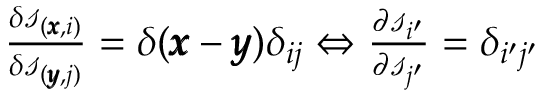
\begin{array} { r } { \frac { \delta \mathscr { s } _ { ( \pmb { x } , i ) } } { \delta \mathscr { s } _ { ( \pmb { y } , j ) } } = \delta ( \pmb { x } - \pmb { y } ) \delta _ { i j } \Leftrightarrow \frac { \partial \mathscr { s } _ { i ^ { \prime } } } { \partial \mathscr { s } _ { j ^ { \prime } } } = \delta _ { i ^ { \prime } j ^ { \prime } } } \end{array}